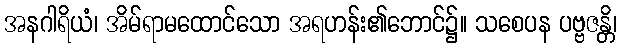
အနဂါရိယံ၊ အိမ်ရာမထောင်သော အရဟန်း၏ဘောင်၌။ သစေပန ပဗ္ဗဇန္တိ၊